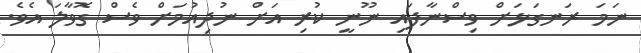
ނަމަ ރަނގަޅަށް ވިސްނާފައި ނޫނީ ކުރި އަށް ނުދިއުމަށް ވެސް ގޮވާލަ އެވެ.